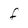
Character: f